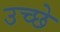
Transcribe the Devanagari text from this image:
उच्छे